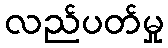
လည်ပတ်မှု